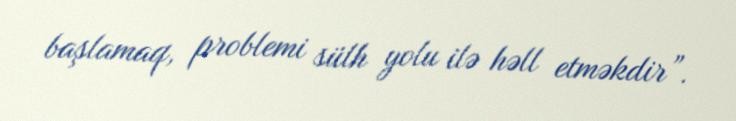
başlamaq, problemi sülh yolu ilə həll etməkdir”.